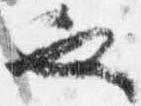
也